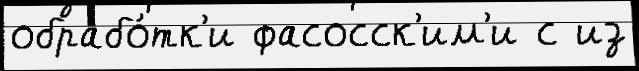
обрабо́тк'и фасосск'им'и с из